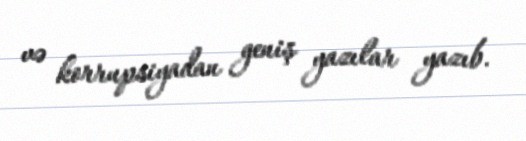
və korrupsiyadan geniş yazılar yazıb.